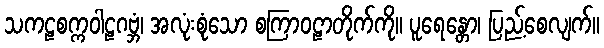
သကဠစက္ကဝါဠဂဗ္ဘံ၊ အလုံးစုံသော စကြာဝဠာတိုက်ကို။ ပူရေန္တော၊ ပြည့်စေလျက်။